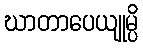
ဃာတာပေယျုမ္ပိ